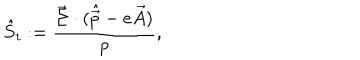
\hat { S } _ { t } : = { \frac { \vec { \Sigma } \cdot ( \hat { \vec { p } } - e \vec { A } ) } { p } } ,